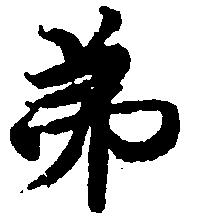
弟